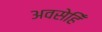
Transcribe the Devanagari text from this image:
अवसेहिँ